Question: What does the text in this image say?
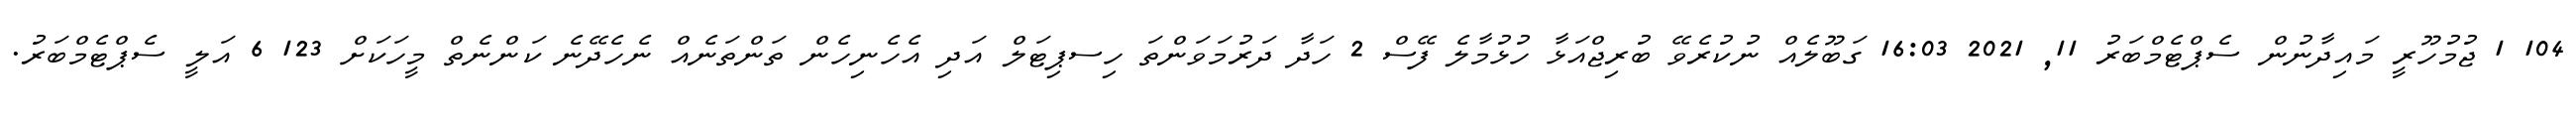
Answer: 104 1 ޖުމުހޫރީ މައިދާނުން ސެޕްޓެމްބަރު 11, 2021 16:03 ގަބޫލެއް ނުކުރެވޭ ބުރިޖްއަޅާ ހުޅުމާލެ ފޭސް 2 ހަދާ ދަރުމަވަންތަ ހިސޕިޓަލް އަދި އެހެނިހެން ތަންތަނެއް ނެހެދޭނެ ކަންނެތް މީހަކަށް 123 6 އަލީ ސެޕްޓެމްބަރު.